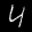
Label: 4